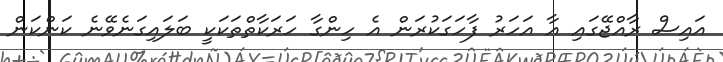
އައިސް ރާއްޖޭގައި އާ އަހަރު ފާހަގަކުރަން އެ ހިންގާ ހަރަކާތްތަކަކީ ބަލައިގަނެވޭނެ ކަންކަން